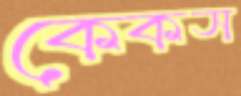
কেকস